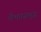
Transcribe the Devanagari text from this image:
वैभवसमृद्ध